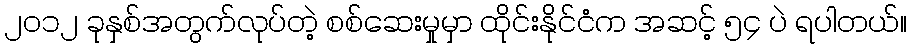
၂၀၁၂ ခုနှစ်အတွက်လုပ်တဲ့ စစ်ဆေးမှုမှာ ထိုင်းနိုင်ငံက အဆင့် ၅၄ ပဲ ရပါတယ်။